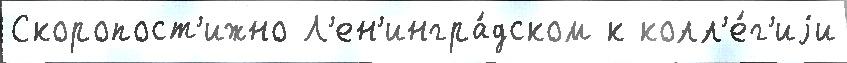
Скоропост'ижно Л'ен'ингра́дском к колл'е́г'иjи